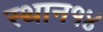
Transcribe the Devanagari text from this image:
स्थान१४